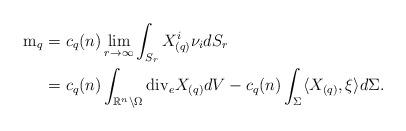
LaTeX: \begin{align*}\mathrm{m}_q = & \ c_q (n) \lim_{r \to \infty} \int_{S_r} X_{(q)}^i\nu_i dS_r \\= & \ c_q(n) \int _{\mathbb{R}^n \setminus \Omega} \mathrm{div}_e X_{(q)} dV - c_q(n)\int_{\Sigma} \langle X_{(q)}, \xi \rangle d\Sigma.\end{align*}